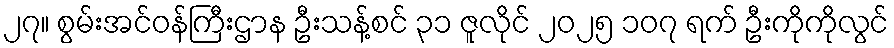
၂၇။ စွမ်းအင်ဝန်ကြီးဌာန ဦးသန့်စင် ၃၁ ဇူလိုင် ၂၀၂၅ ၁၀၇ ရက် ဦးကိုကိုလွင်